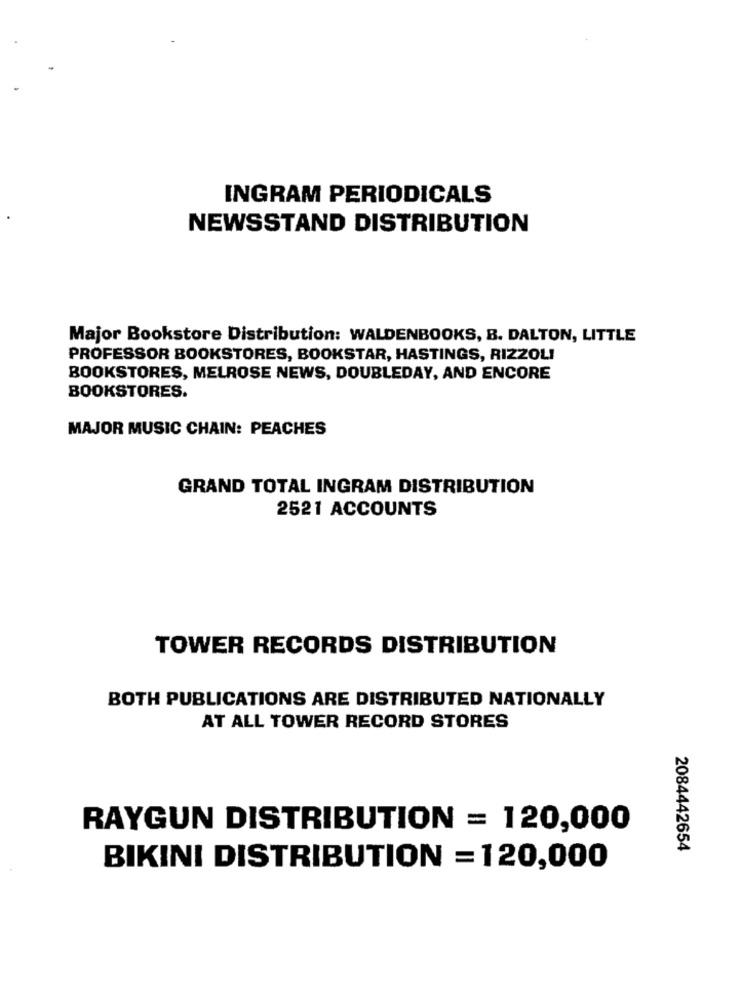
INGRAM PERIODICALS
NEWSSTAND DISTRIBUTION
Major Bookstore Distribution: WALDENBOOKS, B. DALTON, LITTLE
PROFESSOR BOOKSTORES, BOOKSTAR, HASTINGS, RIZZOLI
BOOKSTORES, MELROSE NEWS, DOUBLEDAY, AND ENCORE
BOOKSTORES.
MAJOR MUSIC CHAIN: PEACHES
GRAND TOTAL INGRAM DISTRIBUTION
2521 ACCOUNTS
TOWER RECORDS DISTRIBUTION
BOTH PUBLICATIONS ARE DISTRIBUTED NATIONALLY
AT ALL TOWER RECORD STORES
RAYGUN DISTRIBUTION = 120,000
2084442654
BIKINI DISTRIBUTION = 120,000